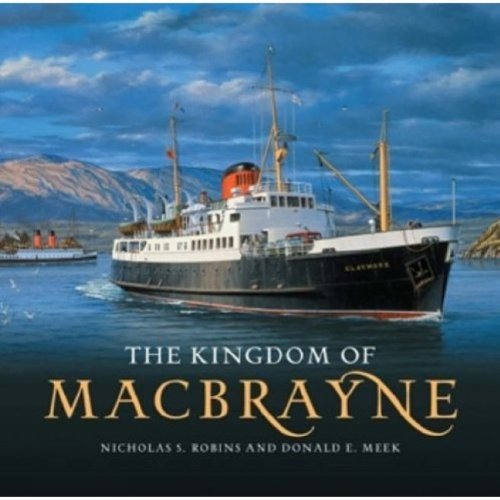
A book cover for The Kingdom of MacBrayne - from Steamships to Car Ferries in the West Highlands and Hebrides 1820 - 2005; Donald E.; Robins, Nicholas S. Meek; Engineering & Transportation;